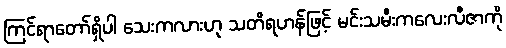
ကြင်ရာတော်ရှိပါ သေးကလားဟု သတိရဟန်ဖြင့် မင်းသမီးကလေးလီဇာကို